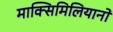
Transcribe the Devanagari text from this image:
माक्सिमिलियानो